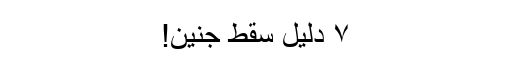
۷ دلیل سقط جنین!